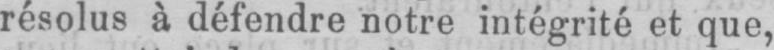
résolus à défendre notre intégrité et que,